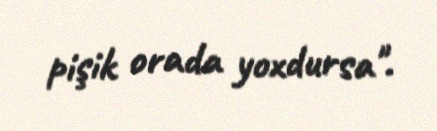
pişik orada yoxdursa".